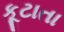
કૂટાતા